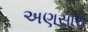
અણસારા